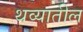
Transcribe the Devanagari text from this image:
थव्यातील